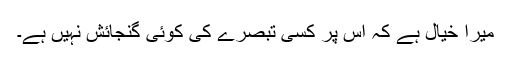
میرا خیال ہے کہ اس پر کسی تبصرے کی کوئی گنجائش نہیں ہے۔